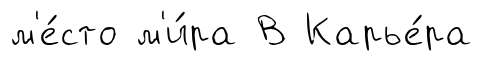
м'е́сто м'и́ра В Карье́ра